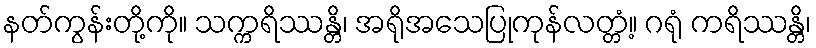
နတ်ကွန်းတို့ကို။ သက္ကရိဿန္တိ၊ အရိုအသေပြုကုန်လတ္တံ့။ ဂရုံ ကရိဿန္တိ၊